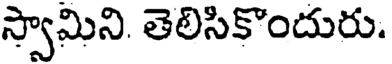
స్వామిని. తెలిసికొందురు.